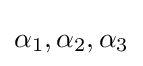
\alpha _{1},\alpha _{2},\alpha _{3}